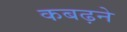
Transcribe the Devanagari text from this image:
कबढ़ने